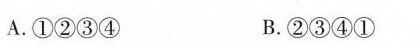
A.①②③④ B.②③④①